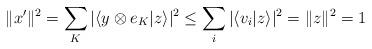
LaTeX: \begin{align*}\|x'\|^2=\sum_{K}|\langle y\otimes e_K|z\rangle |^2\leq\sum_{i}|\langle v_i|z\rangle |^2=\|z\|^2=1\end{align*}